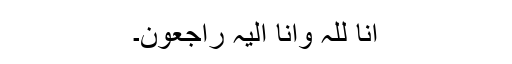
اِنَّا لِلہِ وَاِنَّا اِلَیْہِ رَاجِعُوْنَ۔